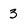
Character: 3